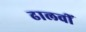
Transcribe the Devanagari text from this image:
ढालवीं